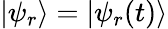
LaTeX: |\psi_{r}\rangle=|\psi_{r}(t)\rangle